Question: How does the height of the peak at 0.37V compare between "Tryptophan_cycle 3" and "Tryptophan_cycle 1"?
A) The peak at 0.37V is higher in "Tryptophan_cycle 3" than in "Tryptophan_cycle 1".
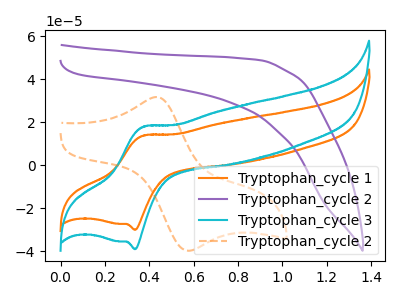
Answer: <think>The orange curve "Tryptophan_cycle 1" has an anodic peak at (0.35V, 13.80uA) and a cathodic peak at (0.35V, -30.05uA). The purple curve "Tryptophan_cycle 2" has no peaks. The cyan curve "Tryptophan_cycle 3" has an anodic peak at (0.35V, 17.90uA) and a cathodic peak at (0.35V, -39.05uA). The orange dashed curve "Tryptophan_cycle 2" has an anodic peak at (0.45V, 31.70uA) and a cathodic peak at (0.60V, -39.80uA).</think>
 <answer>A) The peak at 0.37V is higher in "Tryptophan_cycle 3" than in "Tryptophan_cycle 1".</answer>
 <eval>A</eval>